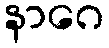
နာဂေ